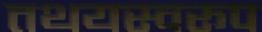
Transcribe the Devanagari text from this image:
तथयस्वरूप